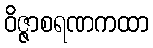
ဝိဇ္ဇာစရဏကထာ